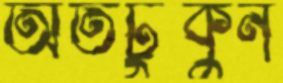
অতটুকুন